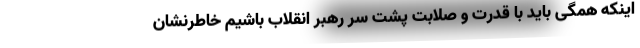
اینکه همگی باید با قدرت و صلابت پشت سر رهبر انقلاب باشیم خاطرنشان